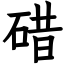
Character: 碏